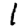
Digit: 1